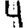
Digit: 4